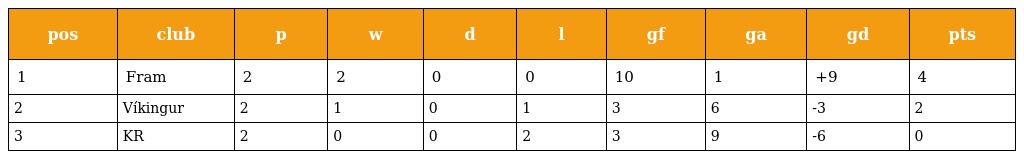
| pos | club | p | w | d | l | gf | ga | gd | pts |
 | --- | --- | --- | --- | --- | --- | --- | --- | --- | --- |
 | 1 | Fram | 2 | 2 | 0 | 0 | 10 | 1 | +9 | 4 |
 | 2 | Víkingur | 2 | 1 | 0 | 1 | 3 | 6 | -3 | 2 |
 | 3 | KR | 2 | 0 | 0 | 2 | 3 | 9 | -6 | 0 |